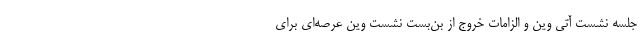
جلسه نشست آتی وین و الزامات خروج از بن‌بست نشست وین عرصه‌ای برای